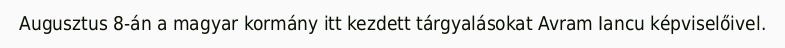
Augusztus 8-án a magyar kormány itt kezdett tárgyalásokat Avram Iancu képviselőivel.